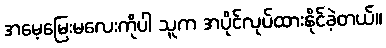
အမေ့မြေးမလေးကိုပါ သူက အပိုင်လုပ်ထားနိုင်ခဲ့တယ်။